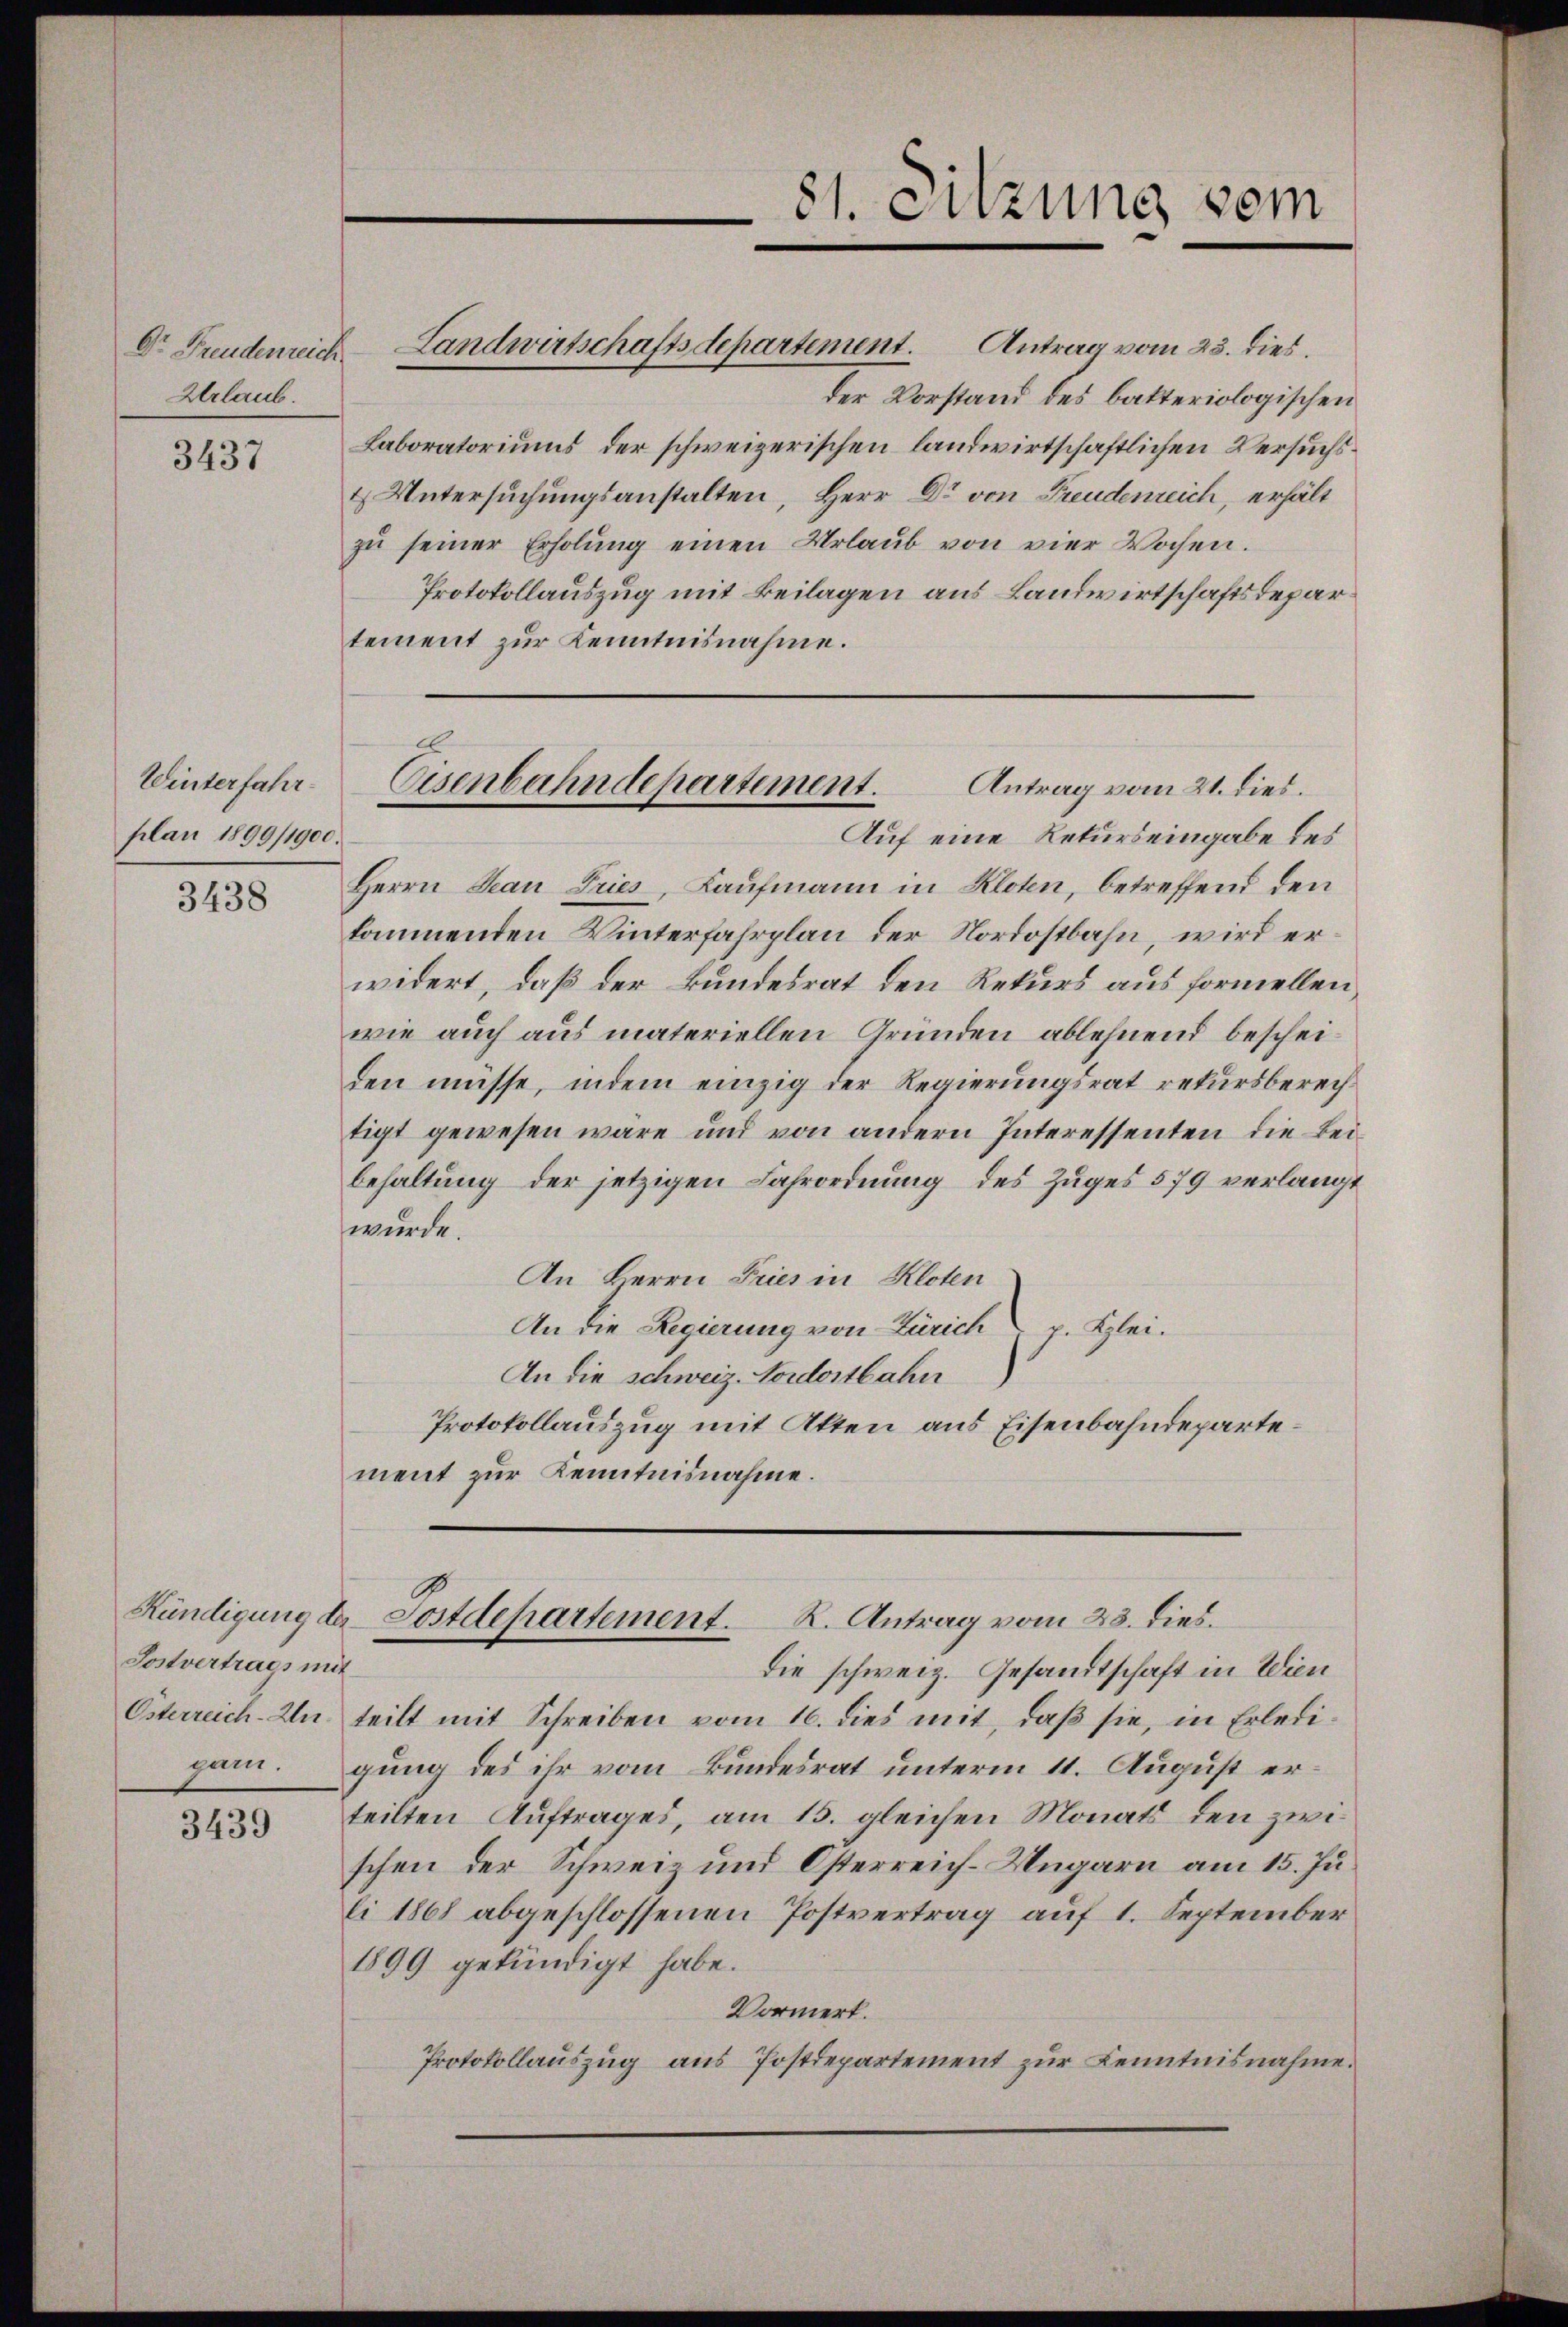
Dr. Freudenreich
Urlaub.

3437

Winterfahrplan 1899/1900.

3438

Postvertrags mit
Österreich-Un
gam.

3439

81. Sitzung vom

Landwirtschaftsdepartement. Antrag vom 23. dies.
der Vorstand des bakteriologischen
Laboratoriums der schweizerischen landwirtschaftlichen Versuchs¬
& Untersuchungsanstalten, Herr Dr von Freudenreich, erhält
zŭ seiner Erholŭng einen Urlaŭb von vier Wochen.
Protokollauszug mit Beilagen aus Landwirtschaftsdepartement zur Kenntnisnahme.

Auf eine Rekurs eingabe des
Herrn Jean Pries, Kaufmann in Kloten, betreffend den
kommenden Winterfahrplan der Nordostbahn, wird er
widert, daß der Bundesrat den Rekurs aus formellen
wie auch aus materiellen Gründen ablehnend bescheiden müsse, indem einzig der Regierungsrat rekursberechtigt gewesen wäre und von andern Interessenten die Bei-
behaltung der jetzigen Fahrordnung des Zuges 579 verlangt
wurde.
An Herrn Pries in Kloten
An die Regierung von Zürich v. Klei¬
An die schweiz. Nordostbahn
Protokollauszug mit Atten aus Eisenbahndepartement zur Kenntnisnahme.

Eisenbahndepartement.
Antrag vom 21. dies.

Kündigung der Postdepartement. K. Antrag vom 23. dies.

die schweiz. Gesandtschaft in Wien
teilt mit Schreiben vom 16. dies mit, daß sie, in Erledigung des ihr vom Bundesrat unterm 11. August erteilten Auftrages, am 15. gleichen Monats den zwischen der Schweiz und Österreich-Ungarn am 15. Juli 1868 abgeschlossenen Postvertrag auf 1. September
1899 gekündigt habe.
Vormerk.
Protokollauszug aus Postdepartement zur Kenntnisnahme.